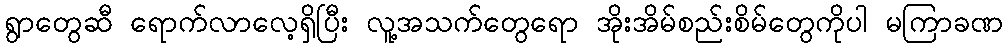
ရွာတွေဆီ ရောက်လာလေ့ရှိပြီး လူ့အသက်တွေရော အိုးအိမ်စည်းစိမ်တွေကိုပါ မကြာခဏ